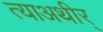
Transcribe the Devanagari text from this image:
त्याअथीर्